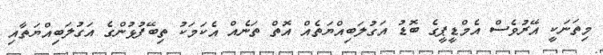
މިތަނަކީ އޭރުވެސް އެމްޑީޕީގެ ބޮޑު އަގުލަބިއްޔަތެއް އޮތް ތަނެއް އެކަމަކު ތިބޭފުޅުންގެ އަގުލަބިއްޔަަތާއި